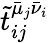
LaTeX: \tilde{t}_{ij}^{\bar{\mu}_{j}\bar{\nu}_{i}}